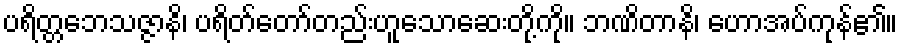
ပရိတ္တဘေသဇ္ဇာနိ၊ ပရိတ်တော်တည်းဟူသောဆေးတို့ကို။ ဘဏိတာနိ၊ ဟောအပ်ကုန်၏။